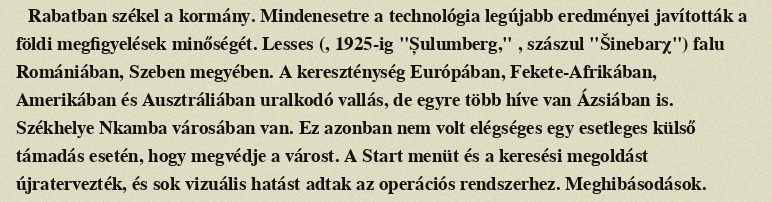
Rabatban székel a kormány. Mindenesetre a technológia legújabb eredményei javították a földi megfigyelések minőségét. Lesses (, 1925-ig "Șulumberg," , szászul "Šinebarχ") falu Romániában, Szeben megyében. A kereszténység Európában, Fekete-Afrikában, Amerikában és Ausztráliában uralkodó vallás, de egyre több híve van Ázsiában is. Székhelye Nkamba városában van. Ez azonban nem volt elégséges egy esetleges külső támadás esetén, hogy megvédje a várost. A Start menüt és a keresési megoldást újratervezték, és sok vizuális hatást adtak az operációs rendszerhez. Meghibásodások.